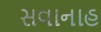
સવાનાહ